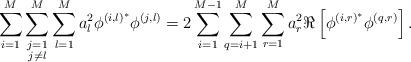
LaTeX: \begin{align*}\sum_{i=1}^M\sum\limits_{\substack{j=1\\j\neq l}}^M\sum_{l=1}^Ma_l^2\phi^{\left(i,l\right)^*}\phi^{\left(j,l\right)}=2\sum_{i=1}^{M-1}\sum_{q=i+1}^{M}\sum_{r=1}^M a_r^2\Re\left[\phi^{\left(i,r\right)^*}\phi^{\left(q,r\right)}\right].\end{align*}